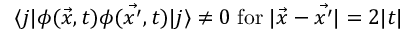
\langle j | \phi ( \vec { x } , t ) \phi ( \vec { x ^ { \prime } } , t ) | j \rangle \not = 0 \; \mathrm { f o r } \; | \vec { x } - \vec { x ^ { \prime } } | = 2 | t |